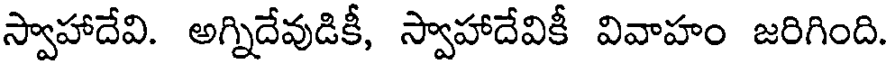
స్వాహాదేవి. అగ్నిదేవుడికీ, స్వాహాదేవికీ వివాహం జరిగింది.